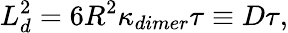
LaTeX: L_{d}^{2}=6R^{2}\kappa_{dimer}\tau\equiv D\tau,